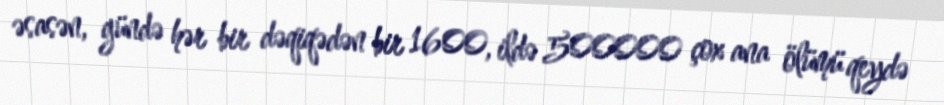
əsasən, gündə hər bir dəqiqədən bir 1600, ildə 500000 çox ana ölümü qeydə